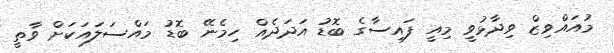
މުއައްވިޒް ވިދާޅުވީ މިއީ ފައިސާގެ ބޮޑު އަދަދެއް ހިމެނޭ ބޮޑު މައްސަލައަކަށް ވާތީ